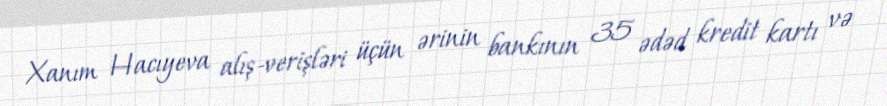
Xanım Hacıyeva alış-verişləri üçün ərinin bankının 35 ədəd kredit kartı və